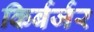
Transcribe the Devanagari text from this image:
किर्बर्जर